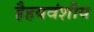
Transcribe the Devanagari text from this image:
हैहयवंशीय